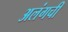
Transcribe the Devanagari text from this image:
अलंगची